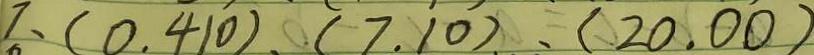
7 、 ( 0 . 4 1 0 ) . ( 7 . 1 0 ) . ( 2 0 . 0 0 )